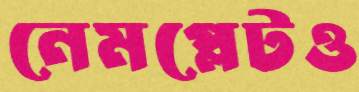
নেমপ্লেটও